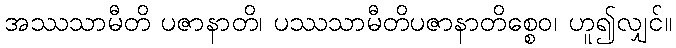
အဿသာမီတိ ပဇာနာတိ၊ ပဿသာမီတိပဇာနာတိစ္စေဝ၊ ဟူ၍လျှင်။